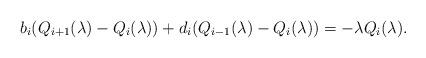
LaTeX: \begin{align*}b_{i}(Q_{i+1}(\lambda)-Q_{i}(\lambda))+d_i(Q_{i-1}(\lambda)-Q_{i}(\lambda))=-\lambda Q_{i}(\lambda).\end{align*}